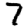
Digit: 7